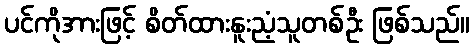
ပင်ကိုအားဖြင့် စိတ်ထားနူးညံ့သူတစ်ဦး ဖြစ်သည်။